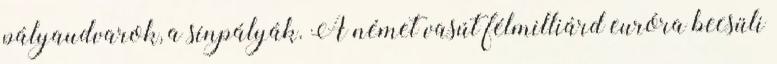
pályaudvarok, a sínpályák. A német vasút félmilliárd euróra becsüli